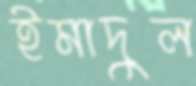
ইমাদুল